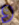
و